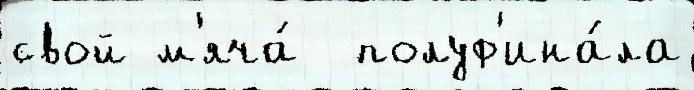
свой м'яча́  полуф'ина́ла